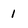
Character: 1